Indian journal of veterinary science and animal husbandry - Volume 5,
Year: 1935
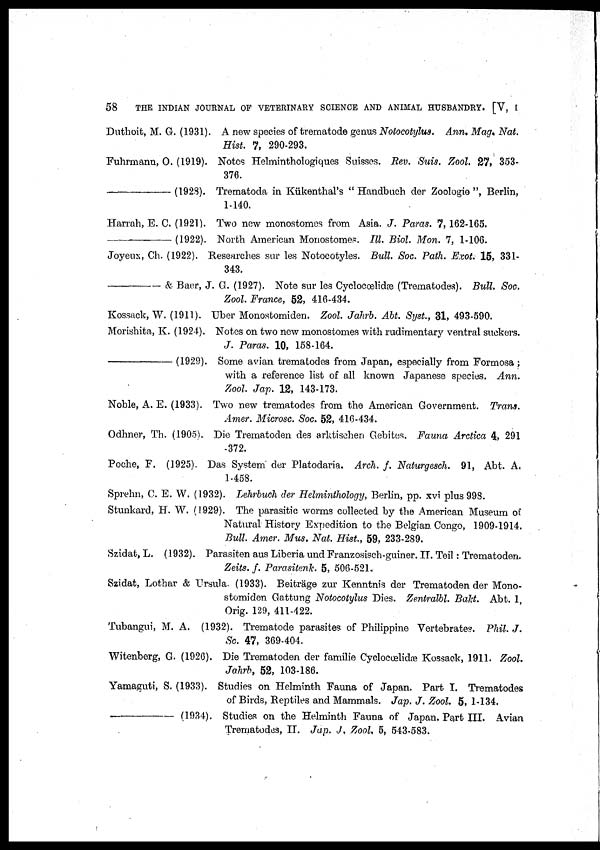
58
THE INDIAN JOURNAL OF VETERINARY SCIENCE AND ANIMAL HUSBANDRY. [V, I
Duthoit, M. G. (1931). A new species of trematode genus Notocotylus. Ann. Mag. Nat.
Hist. 7, 290-293.
Fuhrmann, O. (1919). Notes Helminthologiques Suisses. Rev. Suis. Zool. 27, 353-
376.
(1928). Trematoda in Kükenthal's "Handbuch der Zoologie ", Berlin,
1-140.
Harrah, E. C. (1921). Two new monostomes from Asia. J. Paras. 7, 162-165.
(1922). North American Monostomes. III. Biol. Mon. 7, 1-106.
Joyeux, Ch. (1922). Researches sur les Notocotyles. Bull Soc. Path. Exot. 15, 331-
343.
& Baer, J. C. (1927). Note sur les Cyclocœlidæ (Trematodes). Bull. Soc.
Zool. France, 52, 416-434.
Kossack, W. (1911). Uber Monostomiden. Zool. Jahrb. Abt. Syst., 31, 493-590.
Morishita, K. (1924). Notes on two new monostomes with rudimentary ventral suckers.
J. Paras. 10, 158-164.
(1929). Some avian trematodes from Japan, especially from Formosa,
with a reference list of all known Japanese species. Ann.
Zool. Jap. 12, 143-173.
Noble, A. E. (1933). Two new trematodes from the American Government. Trans.
Amer. Microsc. Soc. 52, 416-434.
Odhner, Th. (1905). Die Trematoden des arktischen Gebites. Fauna Arctica 4, 291
-372.
Poche, F. (1925). Das System der Platodaria. Arch. f. Naturgesch. 91, Abt. A.
1-458.
Sprehn, C. E. W. (1932). Lehrbuch der Helminthology, Berlin, pp. xvi plus 998.
Stunkard, H. W. (1929). The parasitic worms collected by the American Museum of
Natural History Expedition to the Belgian Congo, 1909-1914.
Bull. Amer. Mus. Nat. Hist., 59, 233-289.
Szidat, L. (1932). Parasiten aus Liberia and Franzosisch-guiner. II. Teil: Trematoden.
Zeits. f. Parasitenk. 5, 506-521.
Szidat, Lothar & Ursula. (1933). Beiträge zur Kenntnis der Trematoden der Mono-
stomiden Gattung Notocotylus Dies. Zentralbl. Bakt. Abt. 1,
Orig. 129, 411-422.
Tubangui, M. A. (1932). Trematode parasites of Philippine Vertebrates. Phil. J.
Sc. 47, 369-404.
Witenberg, G. (1926). Die Trematoden der familie Cyclcœlidæ Kossack, 1911. Zool.
Jahrb, 52, 103-186.
Yamaguti, S. (1933). Studies on Helminth Fauna of Japan. Part I. Trematodes
of Birds, Reptiles and Mammals. Jap. J. Zool. 5, 1-134.
(1934). Studies on the Helminth Fauna of Japan. Part III. Avian
Trematodes, II. Jap. J. Zool. 5, 543-583.